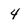
Character: 4